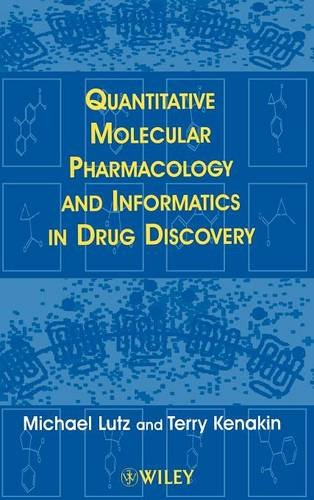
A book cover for Quantitative Molecular Pharmacology and Informatics in Drug Discovery; Michael Lutz; Medical Books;